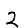
Digit: 2